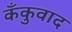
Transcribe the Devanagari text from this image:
कँकुवाद